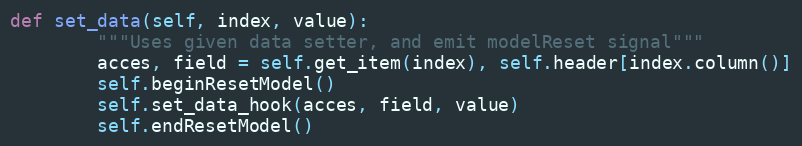
Language: Python
def set_data(self, index, value):
        """Uses given data setter, and emit modelReset signal"""
        acces, field = self.get_item(index), self.header[index.column()]
        self.beginResetModel()
        self.set_data_hook(acces, field, value)
        self.endResetModel()